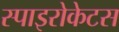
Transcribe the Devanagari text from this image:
स्पाइरोकेटस